Vaccination in Burma 1912-1922 - 1912-1922
Year: 1912
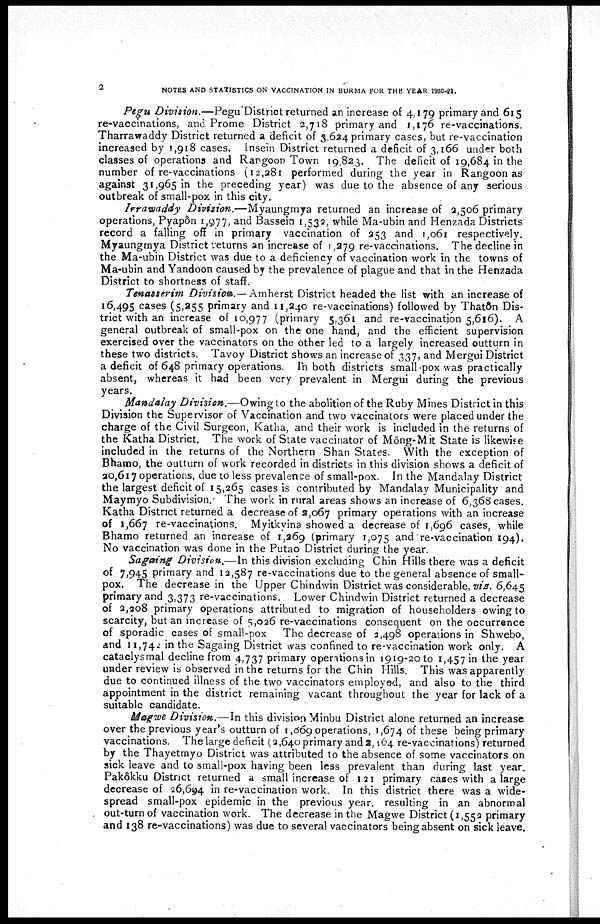
2
NOTES AND STATISTICS ON VACCINATION IN BURMA FOR THE YEAR 1920-21.
Pegu Division.—Pegu District returned an increase of 4,179 primary and 615
re-vaccinations, and Prome District 2,718 primary and 1,176 re-vaccinations.
Tharrawaddy District returned a deficit of 3,624 primary cases, but re-vaccination
increased by 1,918 cases. Insein District returned a deficit of 3,166 under both
classes of operations and Rangoon Town 19,823. The deficit of 19,684 in the
number of re-vaccinations (12,281 performed during the year in Rangoon as
against 31,965 in the preceding year) was due to the absence of any serious
outbreak of small-pox in this city.
Irrawaddy Division.—Myaungmya returned an increase of 2,506 primary
operations, Pyapôn 1,977, and Bassein 1,532, while Ma-ubin and Henzada Districts
record a falling off in primary vaccination of 253 and 1,061 respectively.
Myaungmya District returns an increase of 1,279 re-vaccinations. The decline in
the Ma-ubin District was due to a deficiency of vaccination work in the towns of
Ma-ubin and Yandoon caused by the prevalence of plague and that in the Henzada
District to shortness of staff.
Tenasserim Division.— Amherst District headed the list with an increase of
16,495 cases (5,255 primary and 11,240 re-vaccinations) followed by Thatôm Dis-
trict with an increase of 10,977 (primary 5,361 and re-vaccination 5,616). A
general outbreak of small-pox on the one hand, and the efficient supervision
exercised over the vaccinators on the other led to a largely increased outturn in
these two districts. Tavoy District shows an increase of 337, and Mergui District
a deficit of 648 primary operations. In both districts small-pox was practically
absent, whereas it had been very prevalent in Mergui during the previous
years.
Mandalay Division.—Owing to the abolition of the Ruby Mines District in this
Division the Supervisor of Vaccination and two vaccinators were placed under the
charge of the Civil Surgeon, Katha, and their work is included in the returns of
the Katha District. The work of State vaccinator of Möng-Mit State is likewise
included in the returns of the Northern Shan States. With the exception of
Bhamo, the outturn of work recorded in districts in this division shows a deficit of
20,617 operations, due to less prevalence of small-pox. In the Mandalay District
the largest deficit of 15,265 cases is contributed by Mandalay Municipality and
Maymyo Subdivision. The work in rural areas shows an increase of 6,368 cases.
Katha District returned a decrease of 2,067 primary operations with an increase
of 1,667 re-vaccinations. Myitkyina showed a decrease of 1,696 cases, while
Bhamo returned an increase of 1,269 (primary 1,075 and re-vaccination 194).
No vaccination was done in the Putao District during the year.
Sagaing Division.—In this division excluding Chin Hills there was a deficit
of 7,945 primary and 12,587 re-vaccinations due to the general absence of small-
pox. The decrease in the Upper Chindwin District was considerable, vis. 6,645
primary and 3,373 re-vaccinations. Lower Chindwin District returned a decrease
of 2,208 primary operations attributed to migration of householders owing to
scarcity, but an increase of 5,026 re-vaccinations consequent on the occurence
of sporadic cases of small-pox The decrease of 2,498 operations in Shwebo,
and 11,742 in the Sagaing District was confined to re-vaccination work only. A
cataclysmal decline from 4,737 primary operations in 1919-20 to 1,457 in the year
under review is observed in the returns for the Chin Hills. This was apparently
due to continued illness of the two vaccinators employed, and also to the third
appointment in the district remaining vacant throughout the year for lack of a
suitable candidate.
Magwe Division.—In this division Minbu District alone returned an increase
over the previous year's outturn of 1,669 operations, 1,674 of these being primary
vaccinations. The large deficit (2,640 primary and 2,464 re-vaccinations) returned
by the Thayetmyo District was attributed to the absence of some vaccinators on
sick leave and to small-pox having been less prevalent than during last year.
Pakôkku District returned a small increase of 121 primary cases with a large
decrease of 26,694 in re-vaccination work. In this district there was a wide-
spread small-pox epidemic in the previous year. resulting in an abnormal
out-turn of vaccination work. The decrease in the Magwe District (1,552 primary
and 138 re-vaccinations) was due to several vaccinators being absent on sick leave.